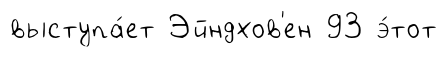
выступа́ет Эйндхов'ен 93 э́тот